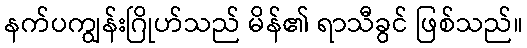
နက်ပကျွန်းဂြိုဟ်သည် မိန်၏ ရာသီခွင် ဖြစ်သည်။